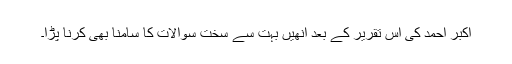
اکبر احمد کی اس تقریر کے بعد انھیں بہت سے سخت سوالات کا سامنا بھی کرنا پڑا۔